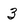
Character: 3